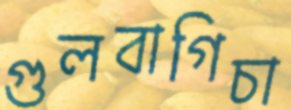
গুলবাগিচা